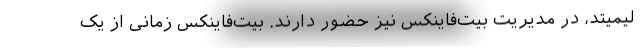
لیمیتد، در مدیریت بیت‌فاینکس نیز حضور دارند. بیت‌فاینکس زمانی از یک